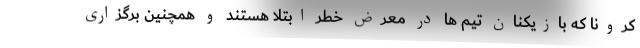
کرونا که بازیکنان تیم ها در معرض خطر ابتلا هستند و همچنین برگزاری